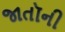
જાતૉની